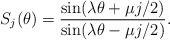
LaTeX: \begin{align*}S_j(\theta)= {\sin(\lambda \theta +\mu j/2)\over\sin(\lambda \theta - \mu j/2)}. \end{align*}